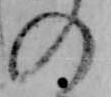
の